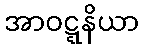
အာဝဋ္ဋနိယာ